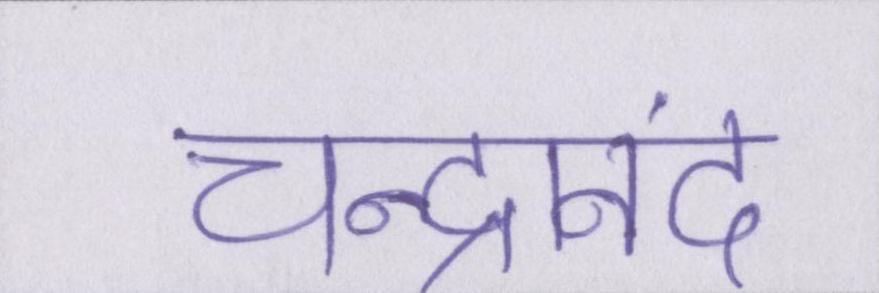
चन्द्रानंद